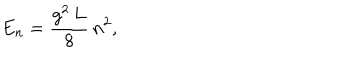
E _ { n } = { \frac { g ^ { 2 } \, L } { 8 } } \, n ^ { 2 } ,